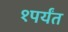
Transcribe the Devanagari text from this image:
१पर्यंत